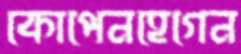
কোপেনহেগেন